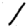
Digit: 1